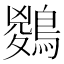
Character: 𪃊